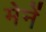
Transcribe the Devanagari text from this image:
मेनें